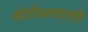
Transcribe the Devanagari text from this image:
बोलीभाषांतही